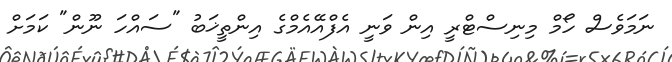
ނަމަވެސް ހޯމް މިނިސްޓްރީ އިން ވަނީ އެފްއޭއެމްގެ އިންތީޚަބު "ސައްހަ ނޫން" ކަމަށް